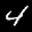
Label: 4